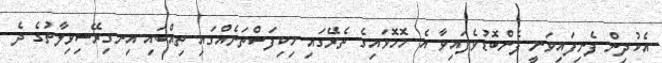
އެކުދިން ފެނިފައިވަނީ ފެންބޮޑުވެފައިވާ އެ ހޮހޮޅައިގެ ތެރޭގައި ހިކިފަސްތަނެއްގައި ތިއްބައި އިނގިރޭސިވިލާތުގެ ދެ